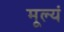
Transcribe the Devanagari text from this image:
मूल्यं